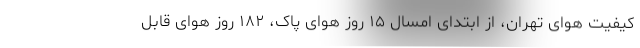
کیفیت هوای تهران، از ابتدای امسال ۱۵ روز هوای پاک، ۱۸۲ روز هوای قابل